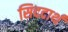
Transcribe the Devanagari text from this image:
सिददार्थ